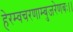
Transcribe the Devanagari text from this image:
हेरम्वचरणाम्बुजरेणबः।।